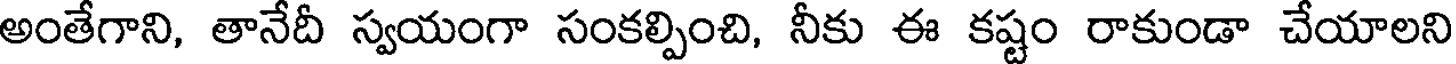
అంతేగాని, తానేదీ స్వయంగా సంకల్పించి, నీకు ఈ కష్టం రాకుండా చేయాలని